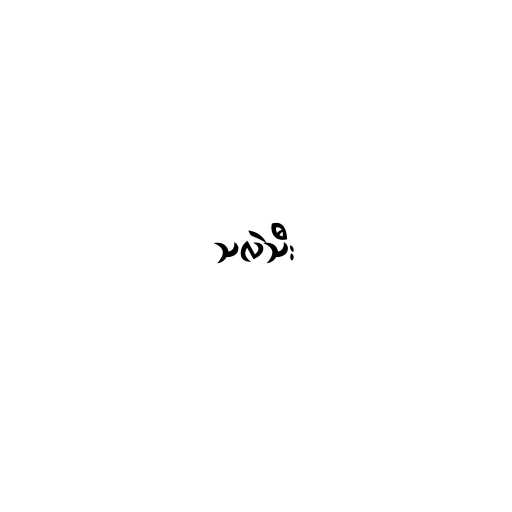
သလဲသီး